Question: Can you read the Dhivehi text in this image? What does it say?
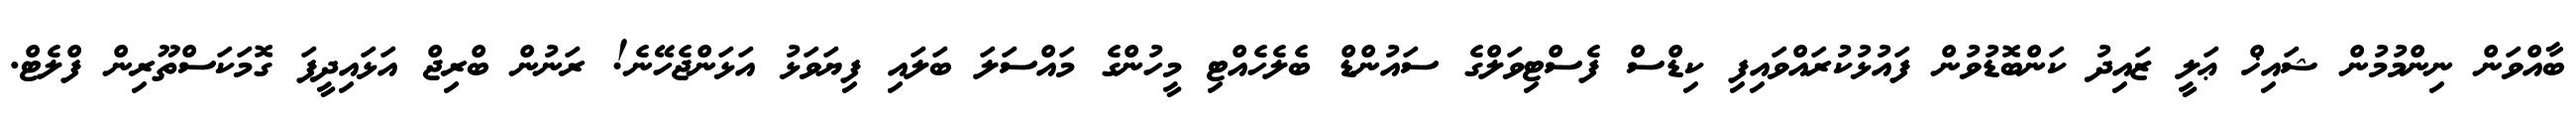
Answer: ބާއްވަން ނިންމުމުން ޝައިޚް ޢަލީ ޒައިދު ކަންބޮޑުވުން ފައުޅުކުރައްވައިފި ކިޑްސް ފެސްޓިވަލްގެ ސައުންޑް ބެލެހެއްޓި މީހުންގެ މައްސަލަ ބަލައި ފިޔަވަޅު އަޅަންޖެހޭނެ! ރަނުން ބްރިޖް އަޅައިދީފަ ގޮމަކަސްތޫރިން ފްލެޓް.